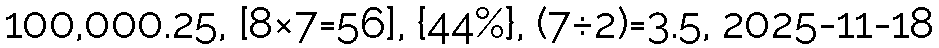
100,000.25, [8×7=56], {44%}, (7÷2)=3.5, 2025-11-18